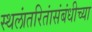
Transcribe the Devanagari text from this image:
स्थलांतरितांसंबंधीच्या